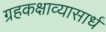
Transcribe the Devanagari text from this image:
ग्रहकक्षाव्यासार्धं